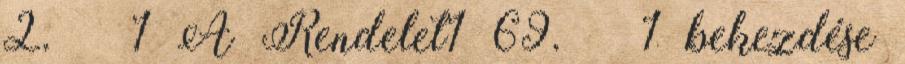
2. § 1 A Rendelet1 69. § 1 bekezdése